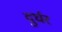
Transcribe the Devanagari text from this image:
दुर्घर